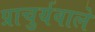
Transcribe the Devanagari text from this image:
प्राचुर्यवाले